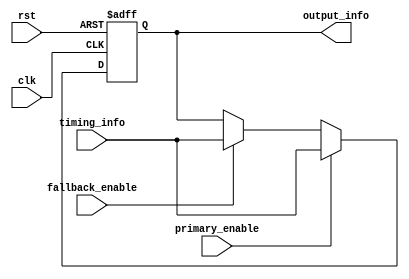
module Fallback_Bypass_Register (
  input wire clk,
  input wire rst,
  input wire primary_enable,
  input wire fallback_enable,
  input wire [31:0] timing_info,
  output reg [31:0] output_info
);

always @(posedge clk or posedge rst) begin
  if (rst) begin
    output_info <= 32'h0;
  end else begin
    if (primary_enable) begin
      output_info <= timing_info;
    end else if (fallback_enable) begin
      output_info <= timing_info;
    end
  end
end

endmodule